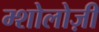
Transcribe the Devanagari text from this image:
म्शोलोज़ी